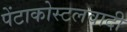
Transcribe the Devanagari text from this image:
पेंटाकोस्टलवादी